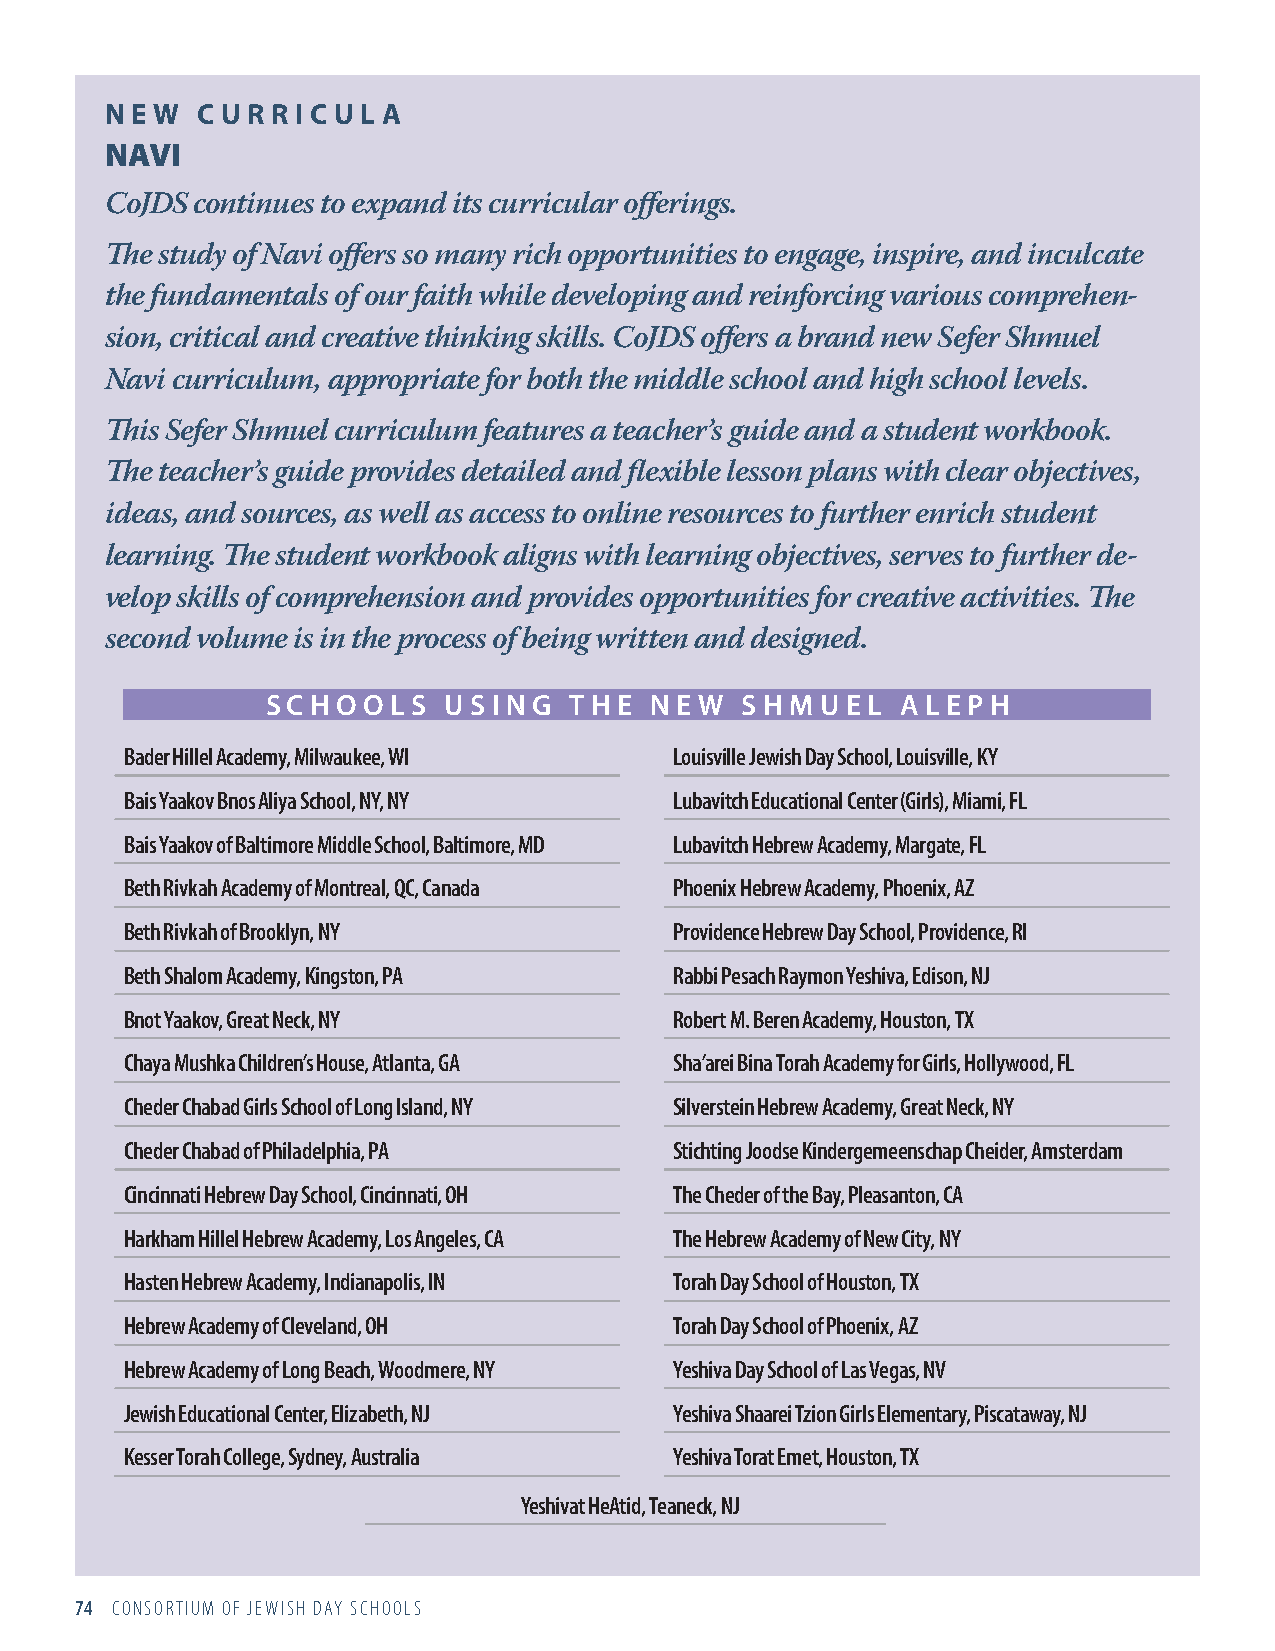
N E W C U R R I C U L A
 NAVI
 CoJDS continues to expand its curricular offerings.
 The study of Navi offers so many rich opportunities to engage, inspire, and inculcate
 the fundamentals of our faith while developing and reinforcing various comprehen-
 sion, critical and creative thinking skills. CoJDS offers a brand new Sefer Shmuel
 Navi curriculum, appropriate for both the middle school and high school levels.
 This Sefer Shmuel curriculum features a teacher’s guide and a student workbook.
 The teacher’s guide provides detailed and flexible lesson plans with clear objectives,
 ideas, and sources, as well as access to online resources to further enrich student
 learning. The student workbook aligns with learning objectives, serves to further de-
 velop skills of comprehension and provides opportunities for creative activities. The
 second volume is in the process of being written and designed.
 S C H O O L S U S I N G T H E N E W S H M U E L A L E P H
 Bader Hillel Academy, Milwaukee, WI  Louisville Jewish Day School, Louisville, KY
 Bais Yaakov Bnos Aliya School, NY, NY Lubavitch Educational Center (Girls), Miami, FL
 Bais Yaakov of Baltimore Middle School, Baltimore, MD Lubavitch Hebrew Academy, Margate, FL
 Beth Rivkah Academy of Montreal, QC, Canada Phoenix Hebrew Academy, Phoenix, AZ
 Beth Rivkah of Brooklyn, NY          Providence Hebrew Day School, Providence, RI
 Beth Shalom Academy, Kingston, PA    Rabbi Pesach Raymon Yeshiva, Edison, NJ
 Bnot Yaakov, Great Neck, NY          Robert M. Beren Academy, Houston, TX
 Chaya Mushka Children’s House, Atlanta, GA Sha’arei Bina Torah Academy for Girls, Hollywood, FL
 Cheder Chabad Girls School of Long Island, NY Silverstein Hebrew Academy, Great Neck, NY
 Cheder Chabad of Philadelphia, PA    Stichting Joodse Kindergemeenschap Cheider, Amsterdam
 Cincinnati Hebrew Day School, Cincinnati, OH The Cheder of the Bay, Pleasanton, CA
 Harkham Hillel Hebrew Academy, Los Angeles, CA The Hebrew Academy of New City, NY
 Hasten Hebrew Academy, Indianapolis, IN Torah Day School of Houston, TX
 Hebrew Academy of Cleveland, OH      Torah Day School of Phoenix, AZ
 Hebrew Academy of Long Beach, Woodmere, NY Yeshiva Day School of Las Vegas, NV
 Jewish Educational Center, Elizabeth, NJ Yeshiva Shaarei Tzion Girls Elementary, Piscataway, NJ
 Kesser Torah College, Sydney, Australia Yeshiva Torat Emet, Houston, TX
 Yeshivat HeAtid, Teaneck, NJ
 74 CONSORTIUM OF JEWISH DAY SCHOOLS